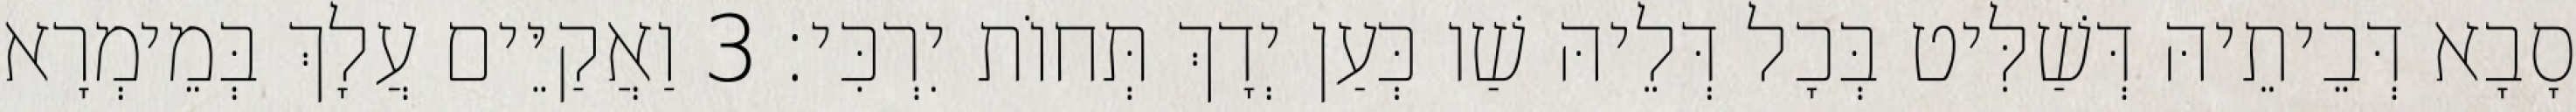
סָבָא דְּבֵיתֵיהּ דְּשַׁלִּיט בְּכָל דְּלֵיהּ שַׁו כְּעַן יְדָךְ תְּחוֹת יִרְכִּי׃ 3 וַאֲקַיֵּים עֲלָךְ בְּמֵימְרָא